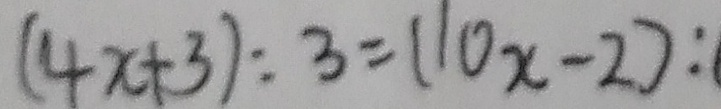
( 4 x + 3 ) : 3 = ( 1 0 x - 2 ) :